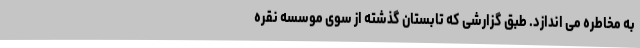
به مخاطره می اندازد. طبق گزارشی که تابستان گذشته از سوی موسسه نقره